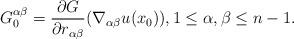
LaTeX: \begin{align*}G^{\alpha \beta}_0 = \frac{\partial G}{\partial r_{\alpha \beta}} (\nabla_{\alpha \beta} u (x_0)), 1 \leq \alpha, \beta \leq n-1.\end{align*}